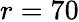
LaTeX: r=70